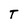
Character: T